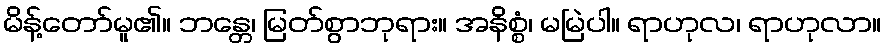
မိန့်တော်မူ၏။ ဘန္တေ၊ မြတ်စွာဘုရား။ အနိစ္စံ၊ မမြဲပါ။ ရာဟုလ၊ ရာဟုလာ။